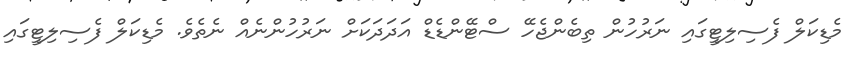
މެޑިކަލް ފެސިލިޓީގައި ނަރުހުން ތިބެންޖެހޭ ސްޓޭންޑެޑް އަދަދަކަށް ނަރުހުންނެއް ނެތެވެ. މެޑިކަލް ފެސިލިޓީގައި